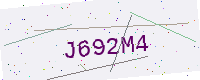
Text: J692M4